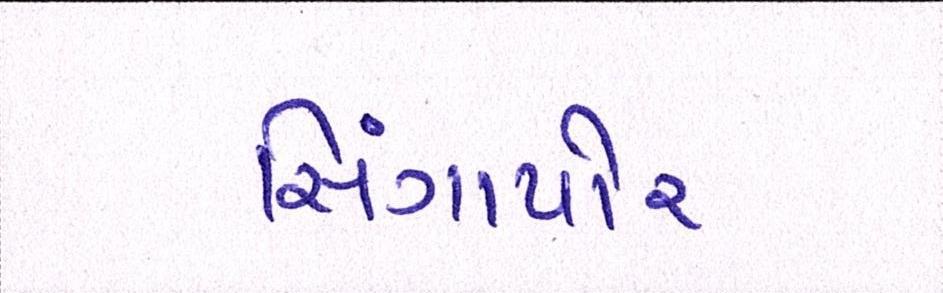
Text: સિંગાપોર